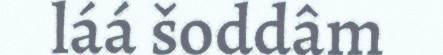
láá šoddâm